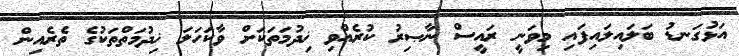
އަޅުގަނޑު ބަލައިލައިފައި މިވަނީ ރައީސް ނާޞިރު ކުރެއްވި ޚިދުމަތަކަށް ވާކަހަލަ ޚިދުމަތްތަކުގެ ތެރެއިން